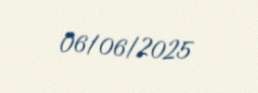
06/06/2025